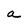
Character: a